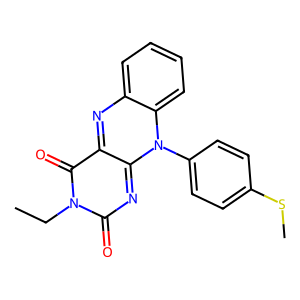
SMILES: CCn1c(=O)nc2n(-c3ccc(SC)cc3)c3ccccc3nc-2c1=O
Inhibits HIV replication: No